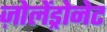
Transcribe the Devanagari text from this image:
ज़ोलेंड्रोनेट